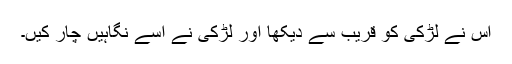
اس نے لڑکی کو قریب سے دیکھا اور لڑکی نے اسے نگاہیں چار کیں۔